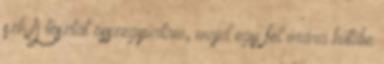
szh A tésztát összegyúrtam, majd egy fél órára hűtőbe